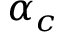
\alpha _ { c }